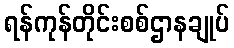
ရန်ကုန်တိုင်းစစ်ဌာနချုပ်